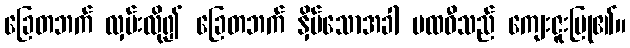
ခြေတဘက် လှမ်းလို၍ ခြေတဘက် နှိပ်သောအခါ ပထဝီသည် ကျေးဇူးပြု၏။